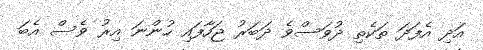
އަދި އެފަދަ ތަކެތި ދުވަސްވެ ދަބަރު ޖަހާފައި ހުންނަ އިރު ވެސް އެބަ